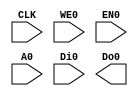
//`include "fsic_defines.v"

module RAM128 #(parameter USE_LATCH = 1,
                          WSIZE     = 4
)
(
   `ifdef USE_POWER_PINS
    inout   wire                 VPWR, 
    inout   wire                 VGND,
    `endif
    input   wire                 CLK,   
    input   wire [WSIZE-1:0]     WE0,   
    input   wire                 EN0,   
    input   wire [6:0]           A0,    
    input   wire [(WSIZE*8-1):0] Di0,   
    output  wire [(WSIZE*8-1):0] Do0
    );
    wire [(WSIZE*8-1):0]    Do0_pre[1:0]; 
    
    generate
        genvar i;
        for (i=0; i< 4; i=i+1) begin : BANK128x8
        `ifdef USE_EDK_SRAM
            SRAM1RW128x8 RAM128x8 (`ifdef USE_POWER_PINS .VPWR(VPWR), .VGND(VGND),  `endif .CE(CLK), .CSB(~EN0), .WEB(~WE0[i]), .OEB(1'b0), .I(Di0[8*i +: 8]), .O(Do0[8*i +: 8]), .A(A0[6:0]) );
        `endif  //USE_EDK_SRAM
        `ifdef USE_PDK_SRAM
            ra1shd128x8m16h3v2 RAM128x8 (`ifdef USE_POWER_PINS .VPWR(VPWR), .VGND(VGND),  `endif .CLK(CLK), .CEN(~EN0), .WEN(~WE0[i]), .OEN(1'b0), .D(Di0[8*i +: 8]), .Q(Do0[8*i +: 8]), .A(A0[6:0]) );
        `endif //USE_PDK_SRAM
         
        end
    endgenerate
                                                                                                                                          
endmodule